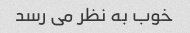
خوب به نظر می رسد